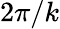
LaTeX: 2\pi/k